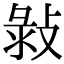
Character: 㪖